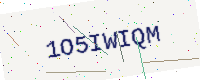
Text: 1O5IWIQM